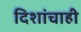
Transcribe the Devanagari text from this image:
दिशांचाही